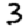
Digit: 3